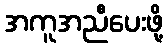
အကူအညီပေးဖို့